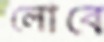
লোবে